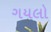
ગયલો